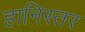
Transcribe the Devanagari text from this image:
हानिस्तर